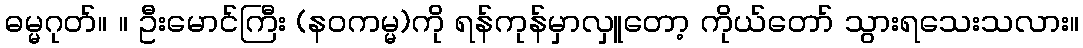
ဓမ္မဂုတ်။ ။ ဦးမောင်ကြီး (နဝကမ္မ)ကို ရန်ကုန်မှာလှူတော့ ကိုယ်တော် သွားရသေးသလား။